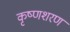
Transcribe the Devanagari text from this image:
कृष्णशरण